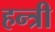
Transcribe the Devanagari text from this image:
हन्त्री